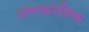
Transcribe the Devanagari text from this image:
अंतरकोशिक